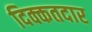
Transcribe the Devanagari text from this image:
दिक्कतदार